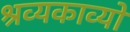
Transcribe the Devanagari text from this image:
श्रव्यकाव्यों